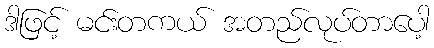
ဒါဖြင့် မင်းတကယ် အတည်လုပ်တာပေါ့